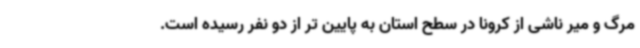
مرگ و میر ناشی از کرونا در سطح استان به پایین تر از دو نفر رسیده است.‌